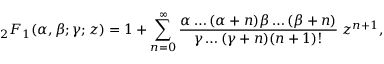
{ } _ { 2 } F _ { 1 } ( \alpha , \beta ; \gamma ; z ) = 1 + \sum _ { n = 0 } ^ { \infty } \frac { \alpha \dots ( \alpha + n ) \beta \dots ( \beta + n ) } { \gamma \dots ( \gamma + n ) ( n + 1 ) ! } \; z ^ { n + 1 } ,